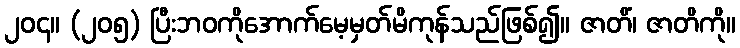
၂၀၄။ (၂၀၅) ပြီးဘဝကိုအောက်မေ့မှတ်မိကုန်သည်ဖြစ်၍။ ဇာတိံ၊ ဇာတိကို။